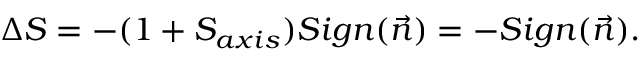
\Delta S = - ( 1 + S _ { a x i s } ) S i g n ( \vec { n } ) = - S i g n ( \vec { n } ) .